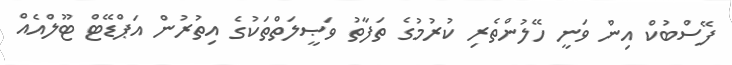
ފޭސްބުކް އިން ވަނީ ހޭލުންތެރި ކުރުމުގެ ތަފާތު ވަޞީލަތްތަކުގެ އިތުރުން އަޕްޑޭޓް ޓޫލްއެއް